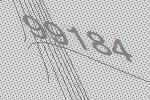
99184